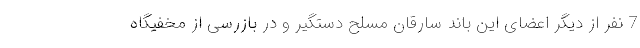
7 نفر از دیگر اعضای این باند سارقان مسلح دستگیر و در بازرسی از مخفیگاه